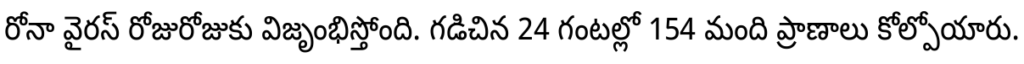
రోనా వైరస్ రోజురోజుకు విజృంభిస్తోంది. గడిచిన 24 గంటల్లో 154 మంది ప్రాణాలు కోల్పోయారు.